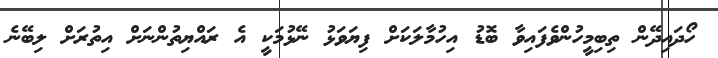
ހޯދައިދޭން ތިބިމީހުންވެފައިވާ ބޮޑު އިހުމާލަކަށް ފިޔަވަޅު ނޭޅުމަކީ އެ ރައްޔިތުންނަށް އިތުރަށް ލިބޭނެ